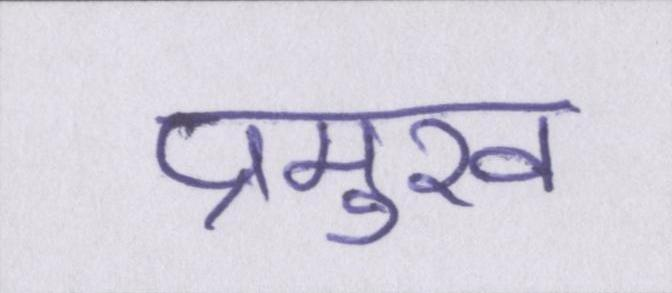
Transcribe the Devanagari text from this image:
प्रमुख